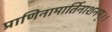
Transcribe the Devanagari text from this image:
प्राणिनामार्तिनाशनम्।।